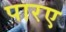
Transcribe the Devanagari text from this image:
पारए